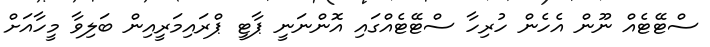
ސްޓޭޓެއް ނޫން އެހެން ހުރިހާ ސްޓޭޓެއްގައި އޮންނަނީ ޕާޓީ ޕްރައިމަރީއިން ބަލިވާ މީހާއަށް